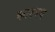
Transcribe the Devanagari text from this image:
कारपथ